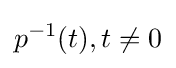
p^{-1}(t),t\neq 0